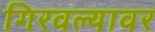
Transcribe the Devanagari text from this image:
गिरवल्यावर